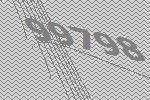
99798